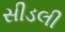
સીડલી